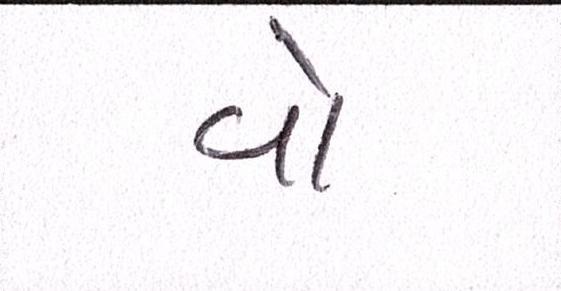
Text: વો